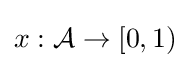
x:{\mathcal {A}}\to [0,1)